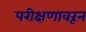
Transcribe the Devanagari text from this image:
परीक्षणावरून